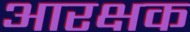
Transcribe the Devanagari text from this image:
आरक्षक